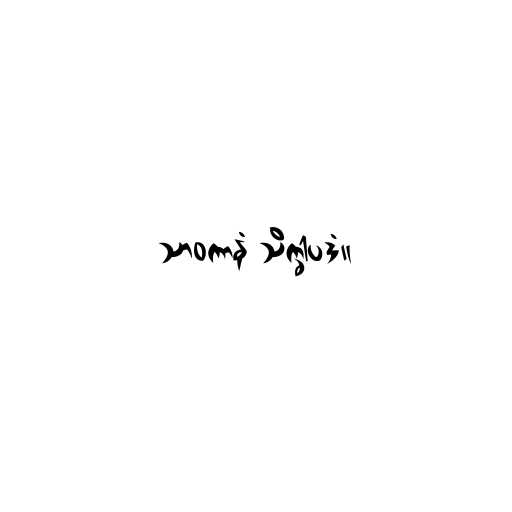
သာဝကာနံ သိက္ခါပဒံ။